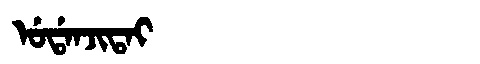
Manchu: ᡠᡩᠠᠨᠵᡳᡨᠠᡳ
Romanization: UDANJITAI